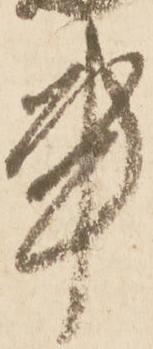
事